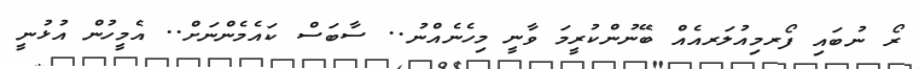
ރޯ ނުބައި ފޯރމިއުލަރއެއް ބޭނުންކުރީމަ ވާނީ މިހެނެއްނު.. ސާބަސް ކައެމެންނަށް.. އެމީހުން އުޅުނީ